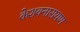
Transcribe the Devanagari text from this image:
केशवनारायण